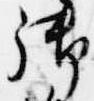
御